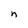
Character: n